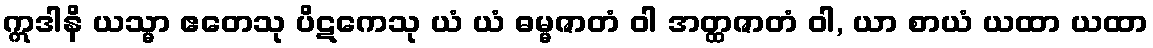
ဣဒါနိ ယသ္မာ ဧတေသု ပိဋကေသု ယံ ယံ ဓမ္မဇာတံ ဝါ အတ္ထဇာတံ ဝါ, ယာ စာယံ ယထာ ယထာ